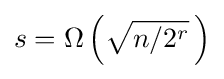
s=\Omega \left({\sqrt {n/2^{r}}}\,\right)